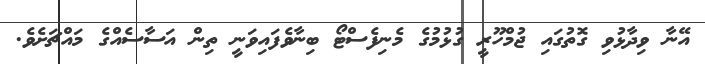
އޭނާ ވިދާޅުވި ގޮތުގައި ޖުމްހޫރީ ގުޅުމުގެ މެނިފެސްޓޯ ބިނާވެފައިވަނީ ތިން އަސާސެއްގެ މައްޗަށެވެ.